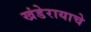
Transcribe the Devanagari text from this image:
खंडेरायाचे